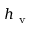
h _ { \mathrm { ~ v ~ } }